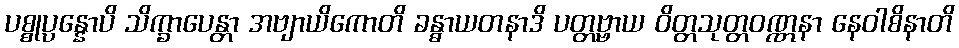
ပစ္စုပ္ပန္နောပိ သိက္ခာပေန္တာ အဗျာယိကောတိ ခန္ဓာယတနာဒိ ပတ္တဗ္ဗာယ ဝိတ္တသုတ္တဝဏ္ဏနာ နေဝါစိနာတိ